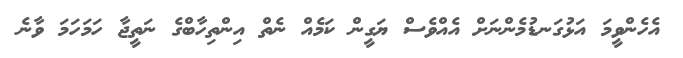
އެހެންވީމަ އަޅުގަނޑުމެންނަށް އެއްވެސް ޔަގީން ކަމެއް ނެތް އިންތިހާބްގެ ނަތީޖާ ހަމަހަމަ ވާނެ